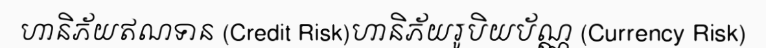
ហានិភ័យឥណទាន (Credit Risk)ហានិភ័យរូបិយប័ណ្ណ (Currency Risk)